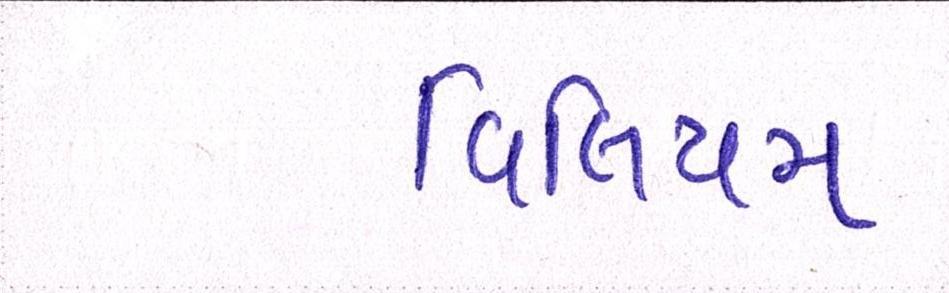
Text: વિલિયમ